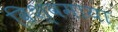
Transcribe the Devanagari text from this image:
विश्वमाया